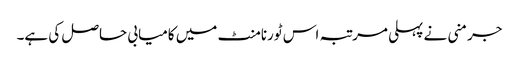
جرمنی نے پہلی مرتبہ اس ٹورنامنٹ میں کامیابی حاصل کی ہے۔